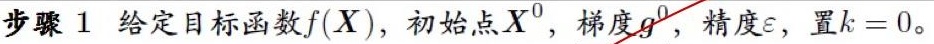
步骤 1 给定目标函数$f(\boldsymbol{X})$，初始点$\boldsymbol{X}^0$，梯度$\boldsymbol{g}^0$，精度$\varepsilon$，置$k = 0$。